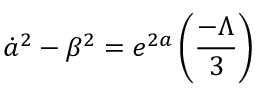
{ \dot { a } } ^ { 2 } - { \beta } ^ { 2 } = e ^ { 2 a } \left( \frac { - \Lambda } { 3 } \right)